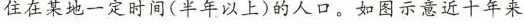
住在某地一定时间(半年以上)的人口。如图示意近十年来